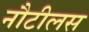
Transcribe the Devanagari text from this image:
नौटीलस